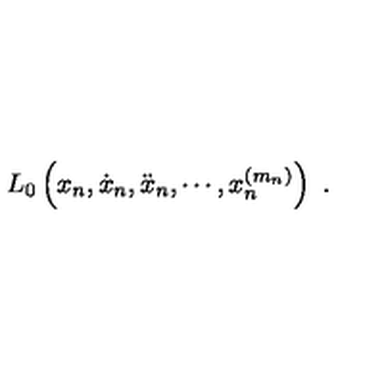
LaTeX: L _ { 0 } \left( x _ { n } , \dot { x } _ { n } , \ddot { x } _ { n } , \cdots , x _ { n } ^ { ( m _ { n } ) } \right) \ .